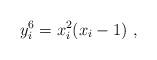
LaTeX: \begin{align*} \,\, y_i^6 = x_i^2(x_i -1)\,\, ,\end{align*}